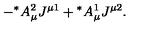
- { ^ \ast } A _ { \mu } ^ { 2 } J ^ { \mu 1 } + { ^ \ast } A _ { \mu } ^ { 1 } J ^ { \mu 2 } .